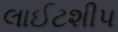
લાઈટશીપ